Document type: Inventory
Year: 1295
Scribe: Pere Marc
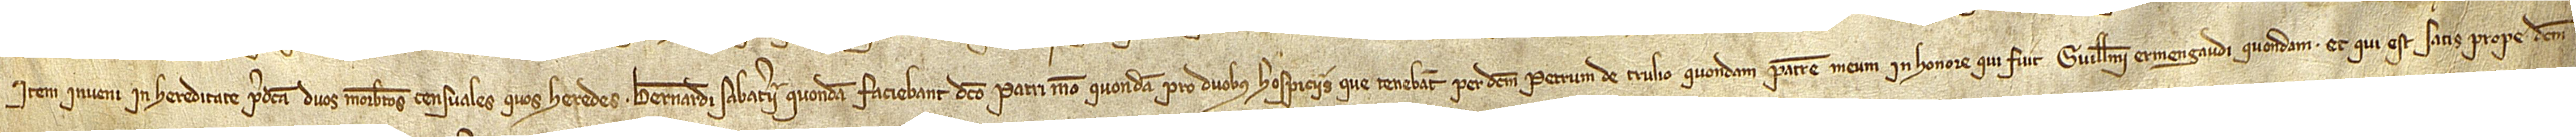
Item, inveni in hereditate predicta duos morabatinos censuales quos heredes Bernardi Sabaterii, quondam, faciebant dicto patri meo, quondam, pro duobus hospiciis que tenebant per dictum Petrum de Trulio, quondam, patrem meum, in honore qui fuit Guillelmi Ermengaudi, quondam, et qui est satis prope dictum